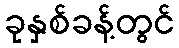
ခုနှစ်ခန့်တွင်